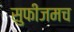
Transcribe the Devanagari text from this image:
सुफीजमच